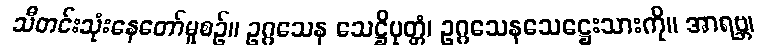
သီတင်းသုံးနေတော်မူစဉ်။ ဥဂ္ဂသေန သေဋ္ဌိပုတ္တံ၊ ဥဂ္ဂသေနသေဋ္ဌေးသားကို။ အာရဗ္ဘ၊